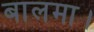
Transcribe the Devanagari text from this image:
बालमा।